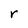
Character: r